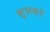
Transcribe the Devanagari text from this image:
शूलकरे